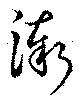
漸